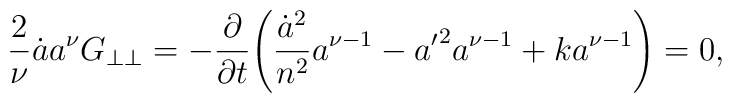
\frac{2}{\nu}\dot{a}a^\nu G_{\perp\perp}=-\frac{\partial}{\partial t}\!\left(\frac{\dot{a}^2}{n^2}a^{\nu-1}-{a'}^2a^{\nu-1}+ka^{\nu-1}\right)=0,